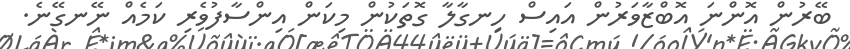
ބޭރުން އޮންނަ އޮބްޒާވަރުން އައިސް ހިނގާލާ ގޮތަކުން މިކަން އިންސާފުވެރި ކަމެއް ނޭނގޭނެ.